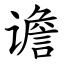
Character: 谵